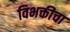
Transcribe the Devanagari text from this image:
विभक्तीचा